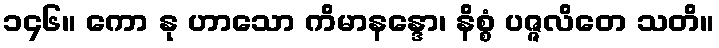
၁၄၆။ ကော နု ဟာသော ကိမာနန္ဒော၊ နိစ္စံ ပဇ္ဇလိတေ သတိ။